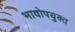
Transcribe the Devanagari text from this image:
भावोपयुक्त